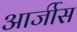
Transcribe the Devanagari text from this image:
आर्जीस